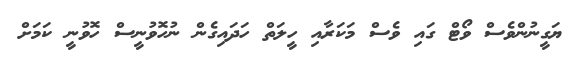
ޔަގީނުންވެސް ވޯޓް ގައި ވެސް މަކަރާއި ހީލަތް ހަދައިގެން ނުހޮވުނީސް ހޮވުނީ ކަމަށް